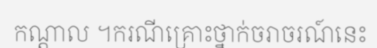
កណ្តាល ។ករណីគ្រោះថ្នាក់ចរាចរណ៍នេះ